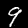
Label: 9